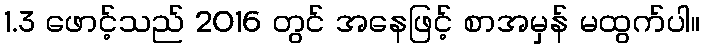
1.3 ဖောင့်သည် 2016 တွင် အနေဖြင့် စာအမှန် မထွက်ပါ။